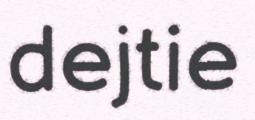
dejtie